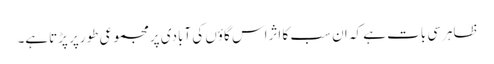
ظاہرسی بات ہے کہ ان سب کا اثراس گاؤں کی آبادی پرمجموعی طورپر پڑتاہے۔